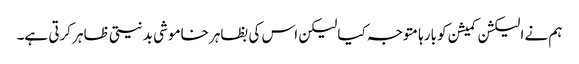
ہم نے الیکشن کمیشن کو بارہا متوجہ کیا لیکن اس کی بظاہر خاموشی بدنیتی ظاہر کرتی ہے۔